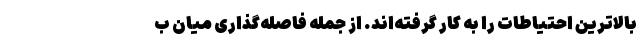
بالاترین احتیاطات را به کار گرفته‌اند. از جمله فاصله‌گذاری میان ب